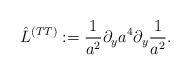
LaTeX: \begin{align*}\hat L^{(TT)}:={1\over a^2}\partial_y a^4\partial_y {1\over a^2}.\end{align*}